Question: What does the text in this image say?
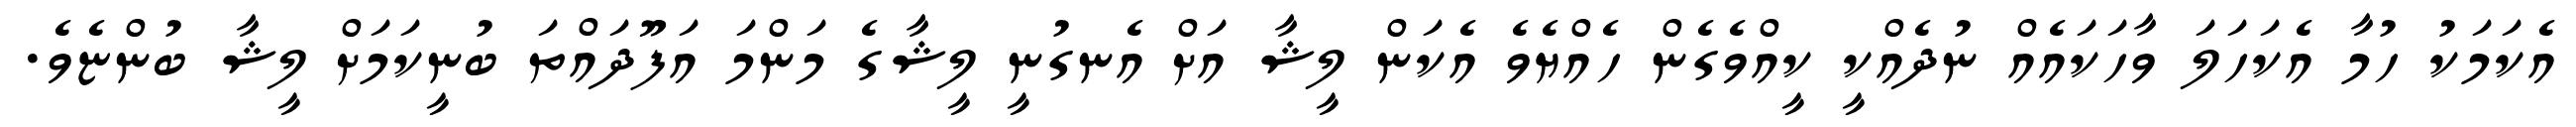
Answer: އެކަމަކު ހުމާ އެކަހަލަ ވާހަކައެއް ނުދެއްކީ ކީއްވެގެން ހެއްޔެވެ އެކަން ލީޝާ އަށް އެނގުނީ ލީޝާގެ މަންމަ އަފޫދައްތަ ބުނީކަމަށް ލީޝާ ބުންޏެވެ.